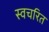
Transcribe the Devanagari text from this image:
स्वचरित